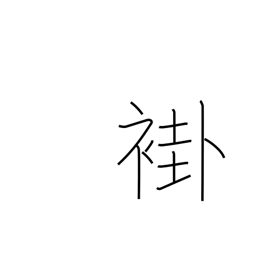
Meaning: ancient ordinary kimono